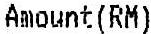
AMOUNT(RM)